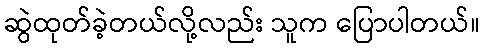
ဆွဲထုတ်ခဲ့တယ်လို့လည်း သူက ပြောပါတယ်။